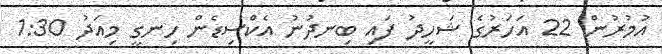
އުމުރުން 22 އަހަރުގެ ޝަހީދު ފައި ބިނދުނު އެކްސިޑެން ހިނގީ މިއަދު 1:30